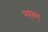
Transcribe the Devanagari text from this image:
प्रद्युम्नमु